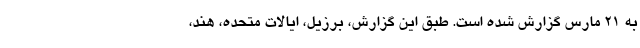
به ۲۱ مارس گزارش شده است. طبق این گزارش، برزیل، ایالات متحده، هند،